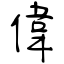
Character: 偉